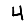
Digit: 4